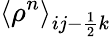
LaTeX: \left<\rho^{n}\right>_{ij-\frac{1}{2}k}